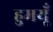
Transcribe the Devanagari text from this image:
हुमयूँ